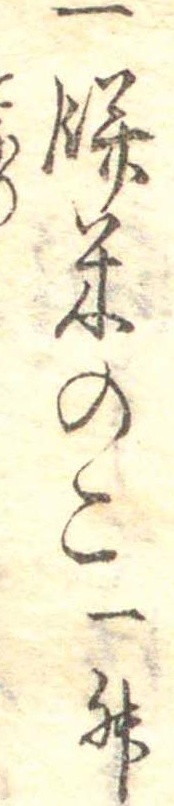
一餅米のこ一升